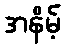
အနိမ့်